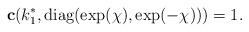
LaTeX: \begin{gather*}\mathbf c(k_1^*,\operatorname{diag}(\exp(\chi),\exp(-\chi)))=1.\end{gather*}